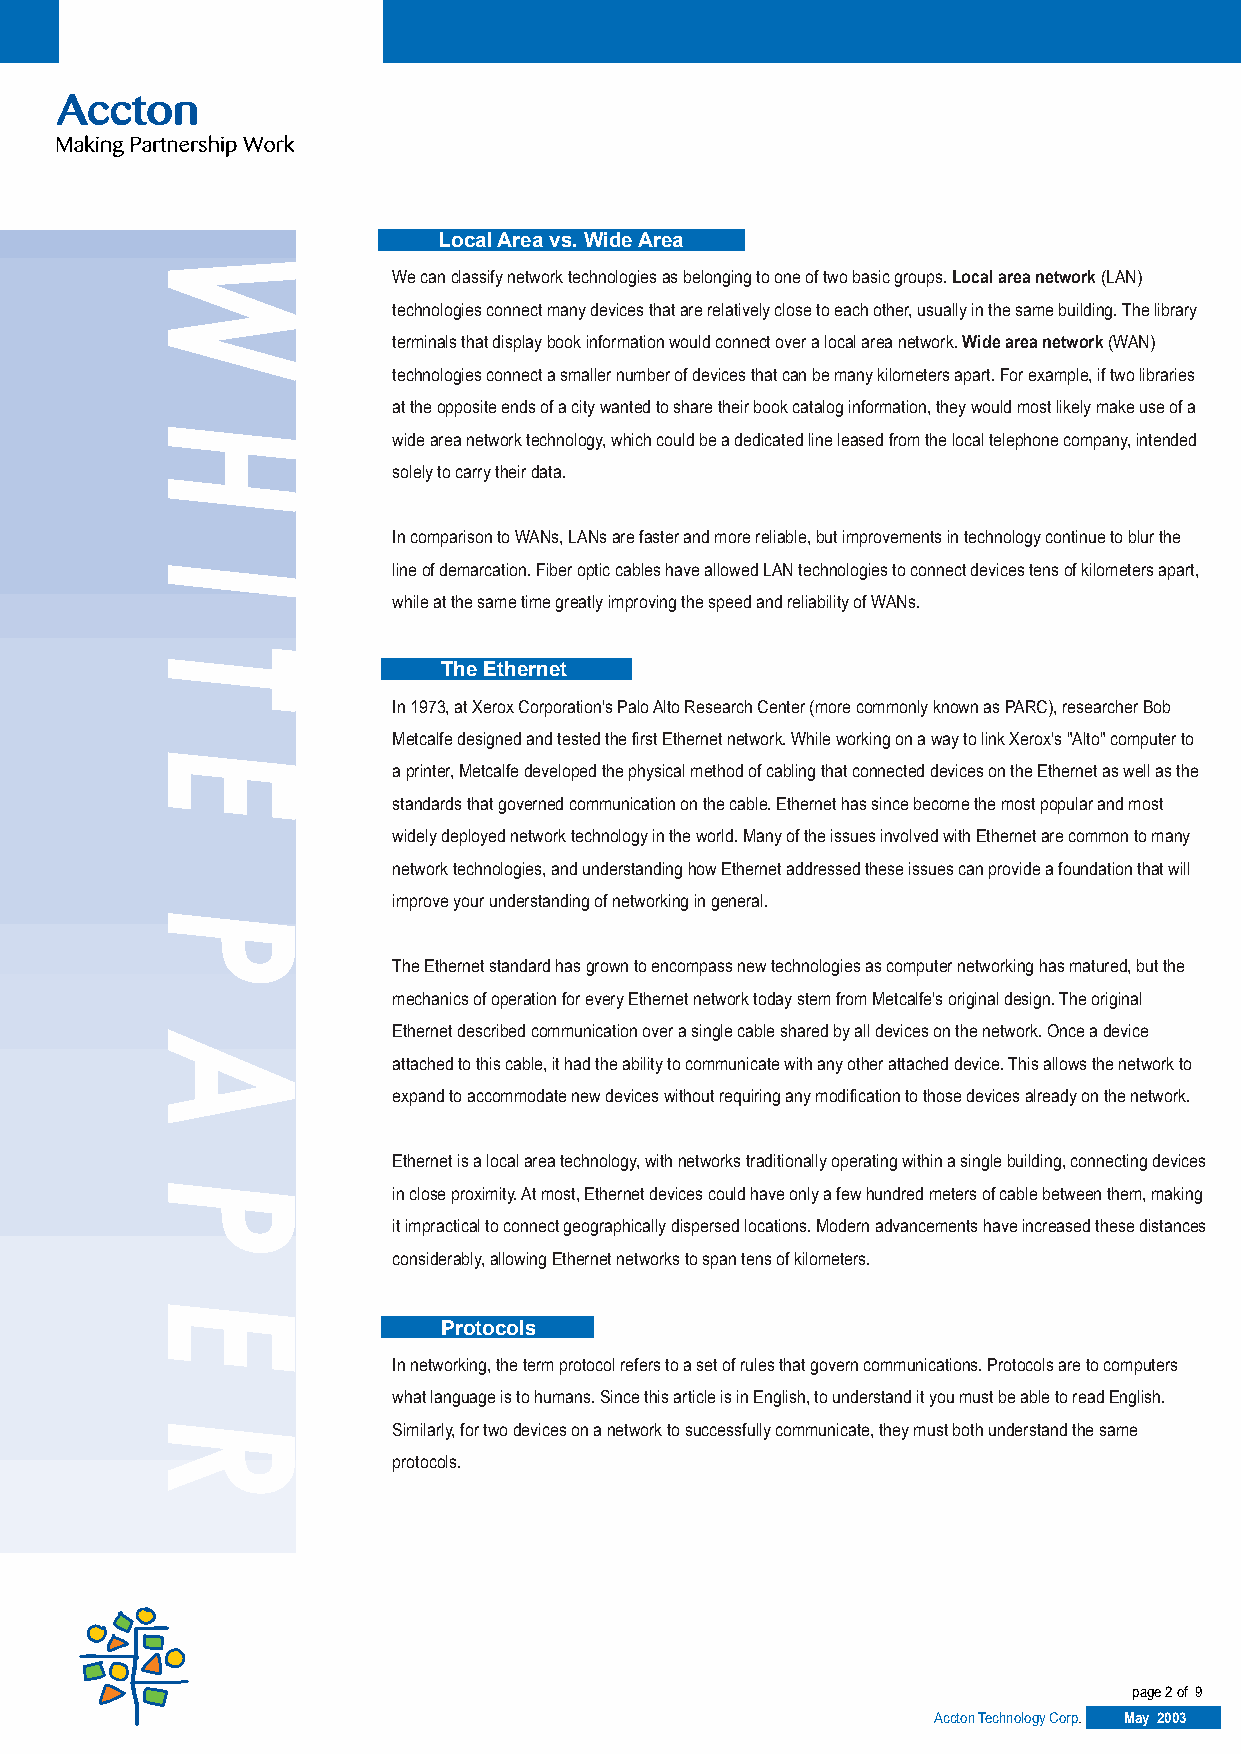
Local Area vs. Wide Area
 WW
 We can classify network technologies as belonging to one of two basic groups. Local area network (LAN)
 technologies connect many devices that are relatively close to each other, usually in the same building. The library
 terminals that display book information would connect over a local area network. Wide area network (WAN)
 technologies connect a smaller number of devices that can be many kilometers apart. For example, if two libraries
 at the opposite ends of a city wanted to share their book catalog information, they would most likely make use of a
 HH
 wide area network technology, which could be a dedicated line leased from the local telephone company, intended
 solely to carry their data.
 In comparison to WANs, LANs are faster and more reliable, but improvements in technology continue to blur the
 II
 line of demarcation. Fiber optic cables have allowed LAN technologies to connect devices tens of kilometers apart,
 while at the same time greatly improving the speed and reliability of WANs.
 TT
 The Ethernet
 In 1973, at Xerox Corporation's Palo Alto Research Center (more commonly known as PARC), researcher Bob
 EE
 Metcalfe designed and tested the first Ethernet network. While working on a way to link Xerox's "Alto" computer to
 a printer, Metcalfe developed the physical method of cabling that connected devices on the Ethernet as well as the
 standards that governed communication on the cable. Ethernet has since become the most popular and most
 widely deployed network technology in the world. Many of the issues involved with Ethernet are common to many
 PP                network technologies, and understanding how Ethernet addressed these issues can provide a foundation that will
 improve your understanding of networking in general.
 The Ethernet standard has grown to encompass new technologies as computer networking has matured, but the
 AA
 mechanics of operation for every Ethernet network today stem from Metcalfe's original design. The original
 Ethernet described communication over a single cable shared by all devices on the network. Once a device
 attached to this cable, it had the ability to communicate with any other attached device. This allows the network to
 expand to accommodate new devices without requiring any modification to those devices already on the network.
 PP
 Ethernet is a local area technology, with networks traditionally operating within a single building, connecting devices
 in close proximity. At most, Ethernet devices could have only a few hundred meters of cable between them, making
 it impractical to connect geographically dispersed locations. Modern advancements have increased these distances
 EE
 considerably, allowing Ethernet networks to span tens of kilometers.
 Protocols
 RR
 In networking, the term protocol refers to a set of rules that govern communications. Protocols are to computers
 what language is to humans. Since this article is in English, to understand it you must be able to read English.
 Similarly, for two devices on a network to successfully communicate, they must both understand the same
 protocols.
 page 2 of 9
 AAccccttoonn TTeecchhnnoollooggyy CCoorrpp.. May 2003